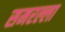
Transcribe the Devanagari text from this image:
समरल्ला